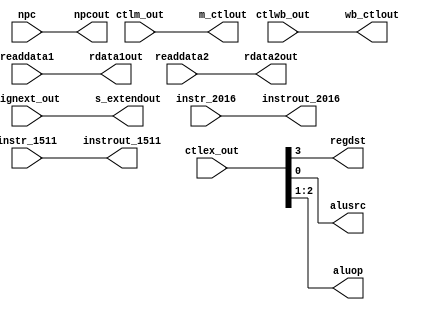
`timescale 1ns / 1ps

module id_ex(
	input	wire 	[1:0]	ctlwb_out,
	input	wire 	[2:0]	ctlm_out,
	input	wire 	[3:0]	ctlex_out,
	input	wire 	[31:0]	npc, readdata1, readdata2, signext_out,
	input	wire	[4:0]	instr_2016, instr_1511,
	output	reg	    [1:0]	wb_ctlout,
	output	reg	    [2:0]	m_ctlout,
	output	reg		        regdst, alusrc,
	output	reg	    [1:0]	aluop, 
	output	reg 	[31:0]	npcout, rdata1out, rdata2out, s_extendout,
	output	reg	    [4:0]	instrout_2016, instrout_1511  
 );
		
initial begin
      //Assign 0's to everything
  		wb_ctlout 	    <= 0;
	  	m_ctlout 	    <= 0;
	  	regdst 		    <= 0;
	  	aluop 		    <= 0;
	  	alusrc 		    <= 0;
	  	npcout 		    <= 0;
	  	rdata1out 	    <= 0;  
	  	rdata2out 	    <= 0; 
	  	s_extendout 	<= 0;
		instrout_2016	<= 0; 
		instrout_1511	<= 0;
end

always @ * begin
     //Wire the inputs to the outputs corresponding outputs
 		 #1
	 	 wb_ctlout 	<= ctlwb_out;
		 m_ctlout 	<= ctlm_out;	
		 regdst 	<= ctlex_out[3];	 // ctlex_out is mapped to 3 outputs:
		 aluop 		<= ctlex_out[2:1];				
		 alusrc 	<= ctlex_out[0];			
		 npcout 	<= npc;
		 rdata1out 	<= readdata1;
		 rdata2out 	<= readdata2;
		 s_extendout 	<= signext_out;
		 instrout_2016 	<= instr_2016;
		 instrout_1511 	<= instr_1511;
	end
endmodule //id_ex